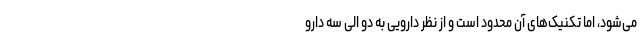
می‌شود، اما تکنیک‌های آن محدود است و از نظر دارویی به دو الی سه دارو